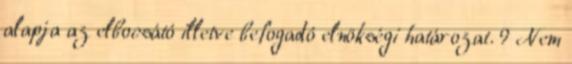
alapja az elbocsátó illetve befogadó elnökségi határozat. 9 Nem